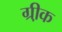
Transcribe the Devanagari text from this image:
ग्री़क